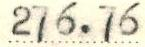
276.76